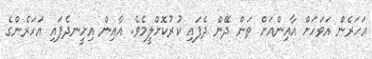
އަހަރެން އަވަހަށް އާއިންއަށް ތަން ދޭން ދެފައި ކުރުކޮށްލީމެވެ. އާއިން އިށީނދެފައި އަހަރެންގެ